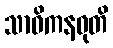
သာဓိကနဝုတိ